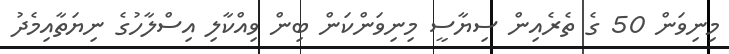
މިނިވަން 50 ގެ ތެރެއިން ސިޔާސީ މިނިވަންކަން ބިން ވިއްކާލި އިސްލާހުގެ ނިޔަތާއިމެދު